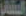
البشائر